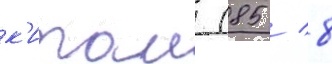
к'итаи (85 / 8